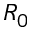
R _ { 0 }